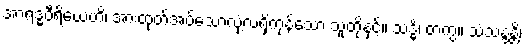
အာရဒ္ဓဝီရိယေဟိ၊ အားထုတ်အပ်သောလုံ့လရှိကုန်သော သူတို့နှင့်။ သဒ္ဓိံ၊ တကွ။ သံသန္ဒန္တိ၊